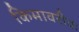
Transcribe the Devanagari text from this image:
किमावरीवः